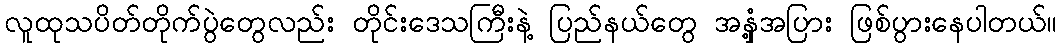
လူထုသပိတ်တိုက်ပွဲတွေလည်း တိုင်းဒေသကြီးနဲ့ ပြည်နယ်တွေ အနှံ့အပြား ဖြစ်ပွားနေပါတယ်။